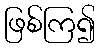
ဖြစ်ကြ၍